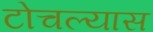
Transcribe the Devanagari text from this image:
टोचल्यास